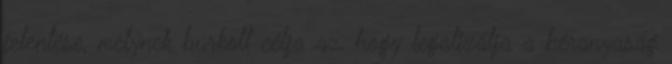
jelentése, melynek burkolt célja az, hogy legalizálja a béranyaság